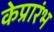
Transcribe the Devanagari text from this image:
केप्रारंभ